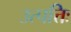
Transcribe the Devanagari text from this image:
उत्पत्तिः